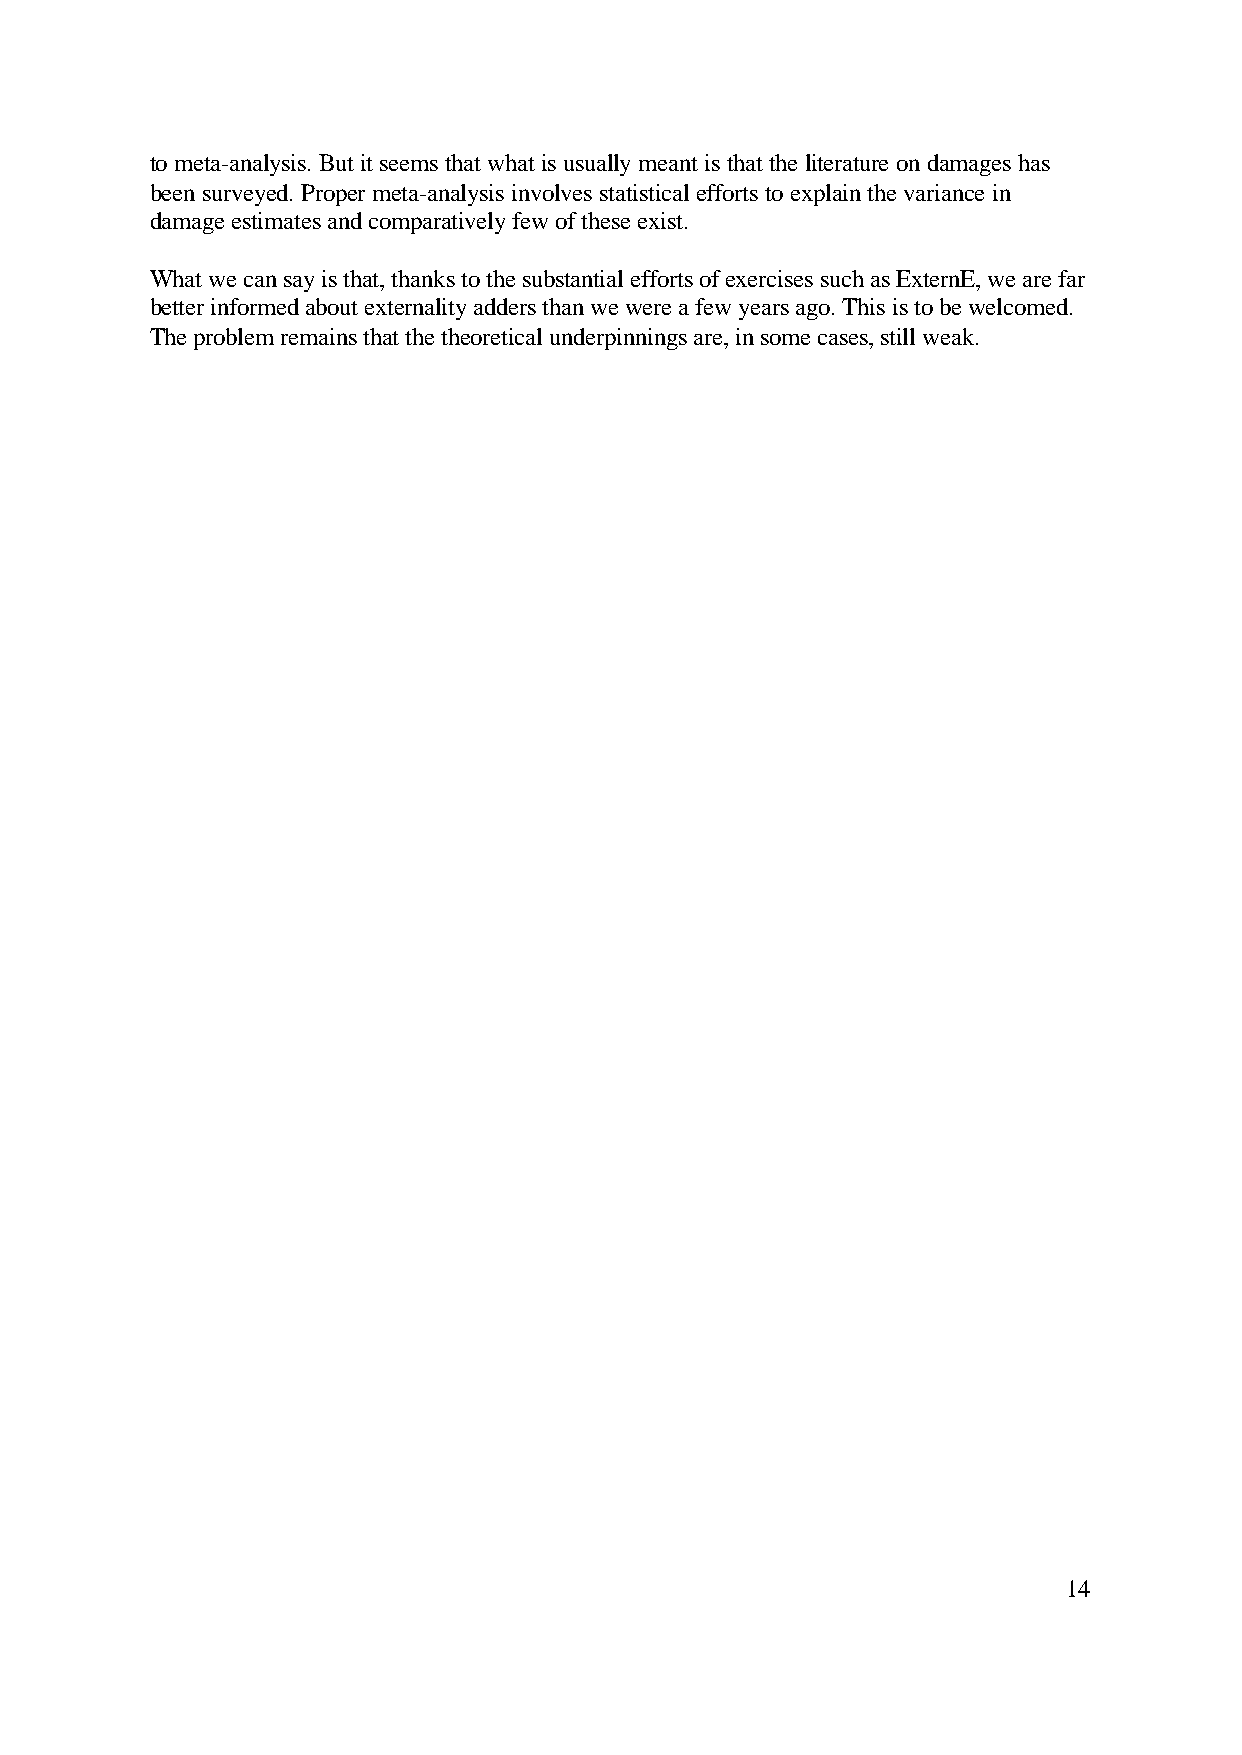
to meta-analysis. But it seems that what is usually meant is that the literature on damages has
 been surveyed. Proper meta-analysis involves statistical efforts to explain the variance in
 damage estimates and comparatively few of these exist.
 What we can say is that, thanks to the substantial efforts of exercises such as ExternE, we are far
 better informed about externality adders than we were a few years ago. This is to be welcomed.
 The problem remains that the theoretical underpinnings are, in some cases, still weak.
 14